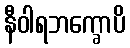
နီဝါရဘက္ခောပိ